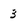
Character: 3